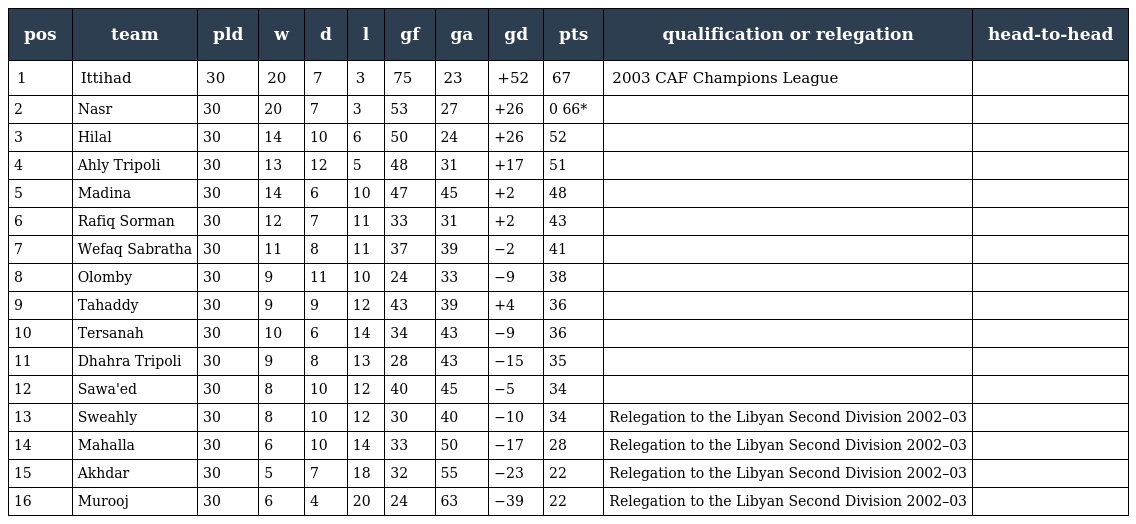
| pos | team | pld | w | d | l | gf | ga | gd | pts | qualification or relegation | head-to-head |
 | --- | --- | --- | --- | --- | --- | --- | --- | --- | --- | --- | --- |
 | 1 | Ittihad | 30 | 20 | 7 | 3 | 75 | 23 | +52 | 67 | 2003 CAF Champions League |  |
 | 2 | Nasr | 30 | 20 | 7 | 3 | 53 | 27 | +26 | 0 66* |  |  |
 | 3 | Hilal | 30 | 14 | 10 | 6 | 50 | 24 | +26 | 52 |  |  |
 | 4 | Ahly Tripoli | 30 | 13 | 12 | 5 | 48 | 31 | +17 | 51 |  |  |
 | 5 | Madina | 30 | 14 | 6 | 10 | 47 | 45 | +2 | 48 |  |  |
 | 6 | Rafiq Sorman | 30 | 12 | 7 | 11 | 33 | 31 | +2 | 43 |  |  |
 | 7 | Wefaq Sabratha | 30 | 11 | 8 | 11 | 37 | 39 | −2 | 41 |  |  |
 | 8 | Olomby | 30 | 9 | 11 | 10 | 24 | 33 | −9 | 38 |  |  |
 | 9 | Tahaddy | 30 | 9 | 9 | 12 | 43 | 39 | +4 | 36 |  |  |
 | 10 | Tersanah | 30 | 10 | 6 | 14 | 34 | 43 | −9 | 36 |  |  |
 | 11 | Dhahra Tripoli | 30 | 9 | 8 | 13 | 28 | 43 | −15 | 35 |  |  |
 | 12 | Sawa'ed | 30 | 8 | 10 | 12 | 40 | 45 | −5 | 34 |  |  |
 | 13 | Sweahly | 30 | 8 | 10 | 12 | 30 | 40 | −10 | 34 | Relegation to the Libyan Second Division 2002–03 |  |
 | 14 | Mahalla | 30 | 6 | 10 | 14 | 33 | 50 | −17 | 28 | Relegation to the Libyan Second Division 2002–03 |  |
 | 15 | Akhdar | 30 | 5 | 7 | 18 | 32 | 55 | −23 | 22 | Relegation to the Libyan Second Division 2002–03 |  |
 | 16 | Murooj | 30 | 6 | 4 | 20 | 24 | 63 | −39 | 22 | Relegation to the Libyan Second Division 2002–03 |  |